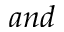
a n d